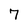
Character: 7